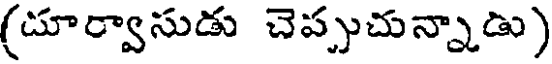
(దూర్వాసుడు చెప్పుచున్నాడు)